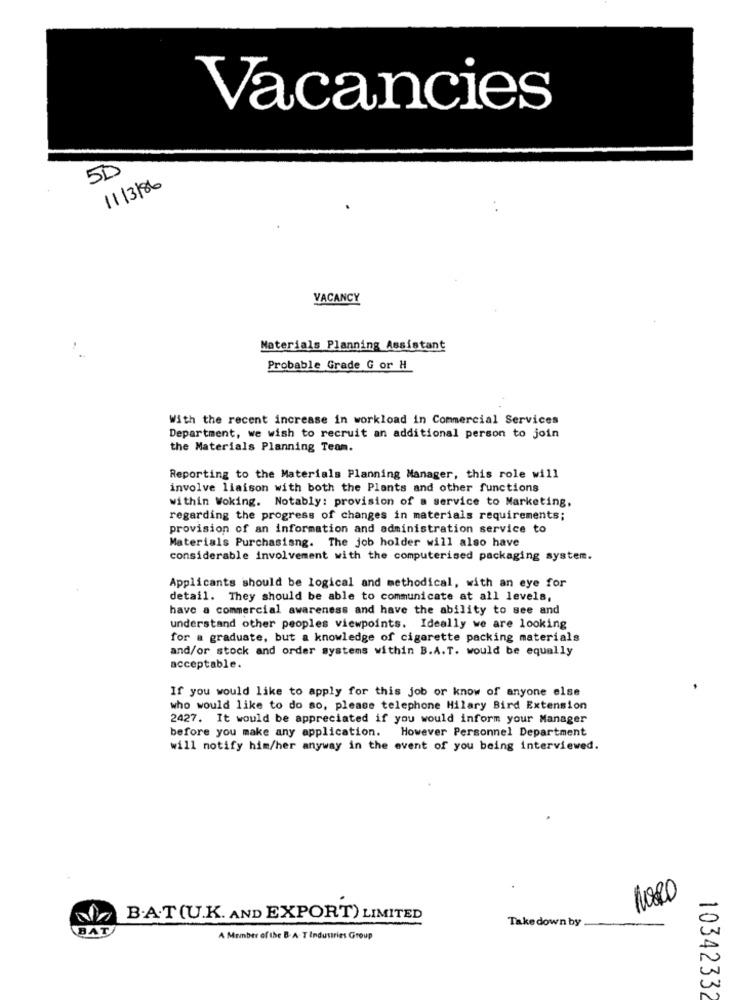
Vacancies
50
11/3/86
VACANCY
Materials Planning Assistant
Probable Grade G or H
With the recent increase in workload in Commercial Services
Department, we wish to recruit an additional person to join
the Materials Planning Team.
Reporting to the Materials Planning Manager, this role will
involve liaison with both the Plants and other functions
within Woking. Notably: provision of a service to Marketing,
regarding the progress of changes in materials requirements;
provision of an information and administration service to
Materials Purchasisng. The job holder will also have
considerable involvement with the computerised packaging system.
Applicants should be logical and methodical, with an eye for
detail. They should be able to communicate at all levels,
have a commercial awareness and have the ability to see and
understand other peoples viewpoints. Ideally we are looking
for a graduate, but a knowledge of cigarette packing materials
and/or stock and order systems within B.A.T. would be equally
acceptable.
If you would like to apply for this job or know of anyone else
who would like to do so, please telephone Hilary Bird Extension
2427. It would be appreciated if you would inform your Manager
before you make any application. However Personnel Department
will notify him/her anyway in the event of you being interviewed.
B.A.T (U.K. AND EXPORT) LIMITED
Takedown by
BAT
A Member of the B. A. T Industries Group
1034233